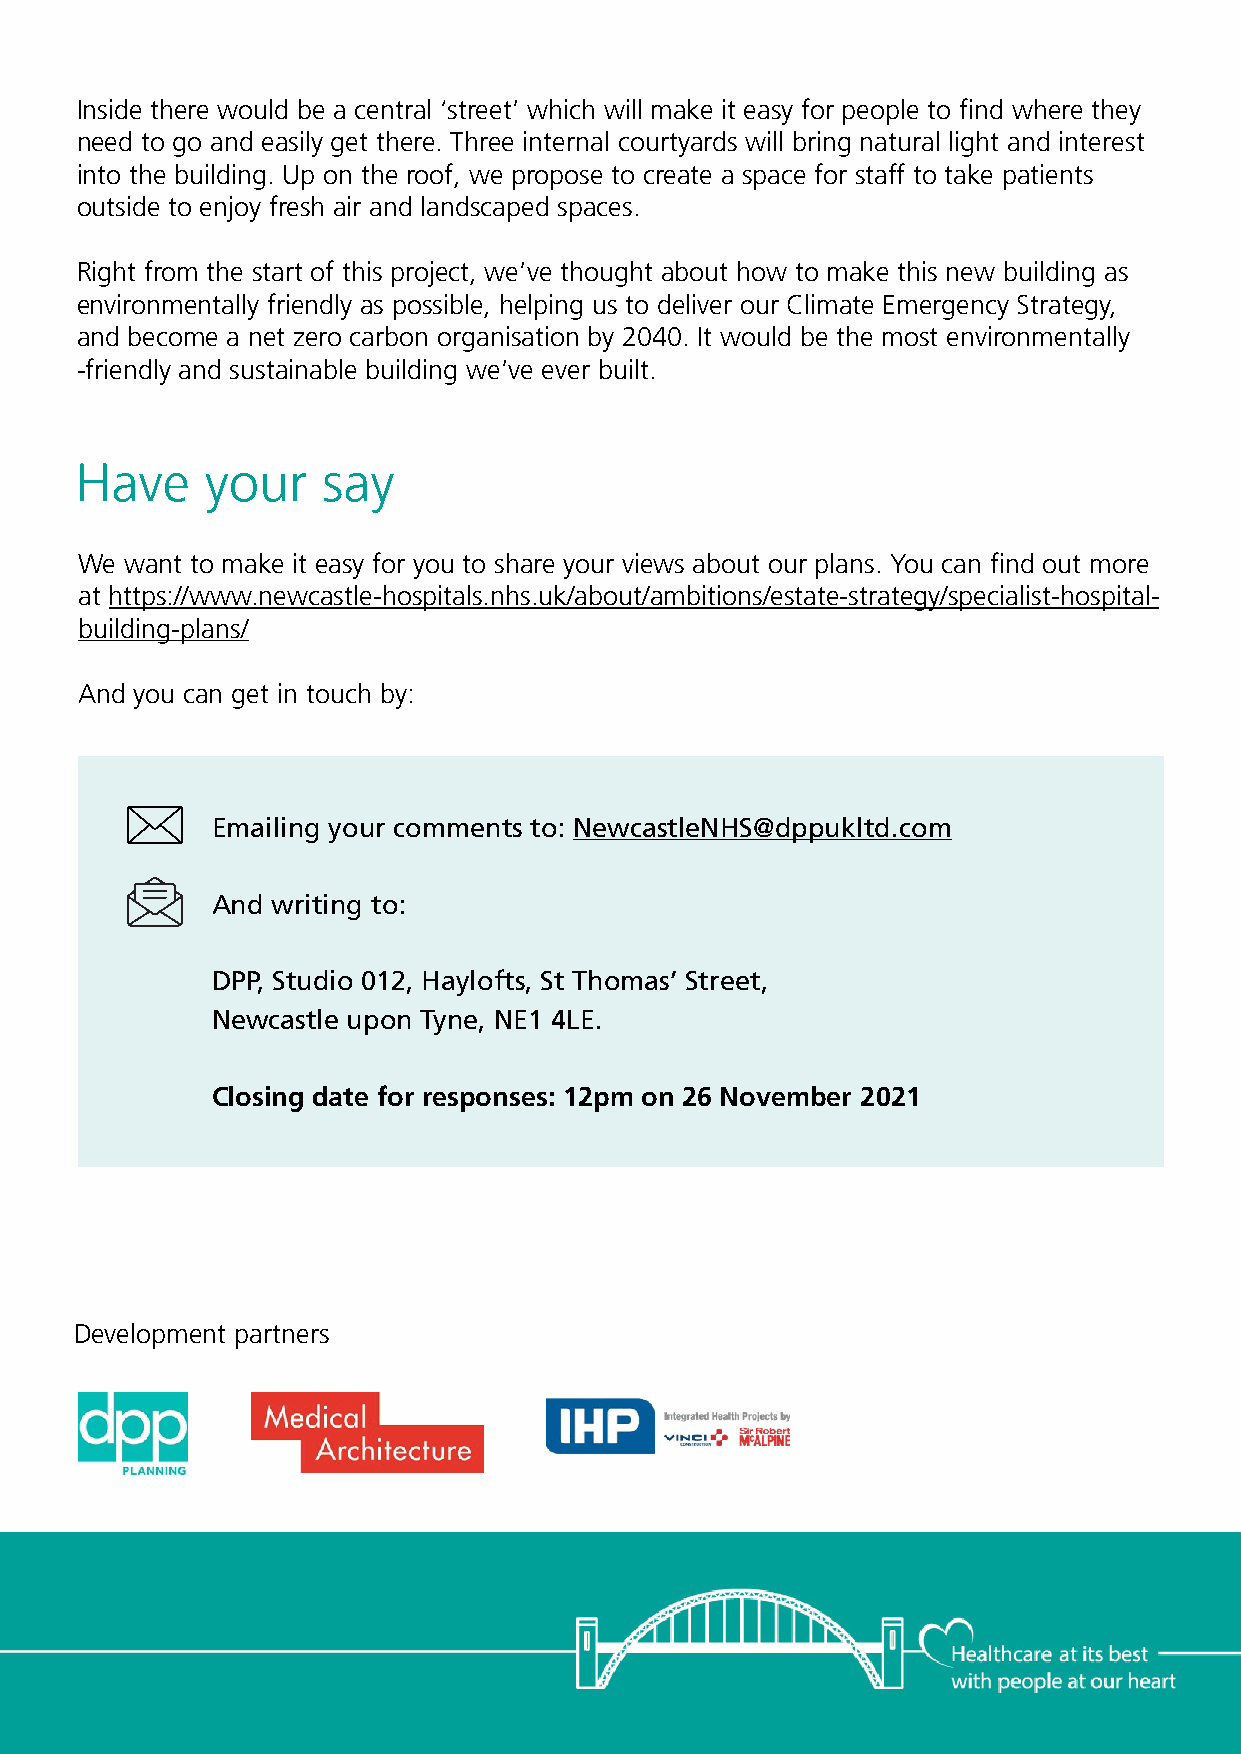
Inside there would be a central ‘street’ which will make it easy for people to find where they
 need to go and easily get there. Three internal courtyards will bring natural light and interest
 into the building. Up on the roof, we propose to create a space for staff to take patients
 outside to enjoy fresh air and landscaped spaces.
 Right from the start of this project, we’ve thought about how to make this new building as
 environmentally friendly as possible, helping us to deliver our Climate Emergency Strategy,
 and become a net zero carbon organisation by 2040. It would be the most environmentally
 -friendly and sustainable building we’ve ever built.
 Have     your   say
 We want to make it easy for you to share your views about our plans. You can find out more
 at https://www.newcastle-hospitals.nhs.uk/about/ambitions/estate-strategy/specialist-hospital-
 building-plans/
 And you can get in touch by:
 Emailing your comments to: NewcastleNHS@dppukltd.com
 And writing to:
 DPP, Studio 012, Haylofts, St Thomas’ Street,
 Newcastle upon Tyne, NE1 4LE.
 Closing date for responses: 12pm on 26 November 2021
 Development partners